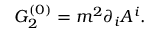
G _ { 2 } ^ { ( 0 ) } = m ^ { 2 } \partial _ { i } A ^ { i } .